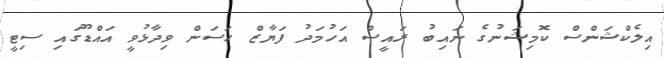
އިލެކްޝަންސް ކޮމިޝަނުގެ ނައިބު ރައީސް އަހުމަދު ފަޔާޒް ހަސަން ވިދާޅުވީ އައްޑޫގައި ސިޓީ